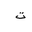
Letter: _ta